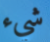
شيء